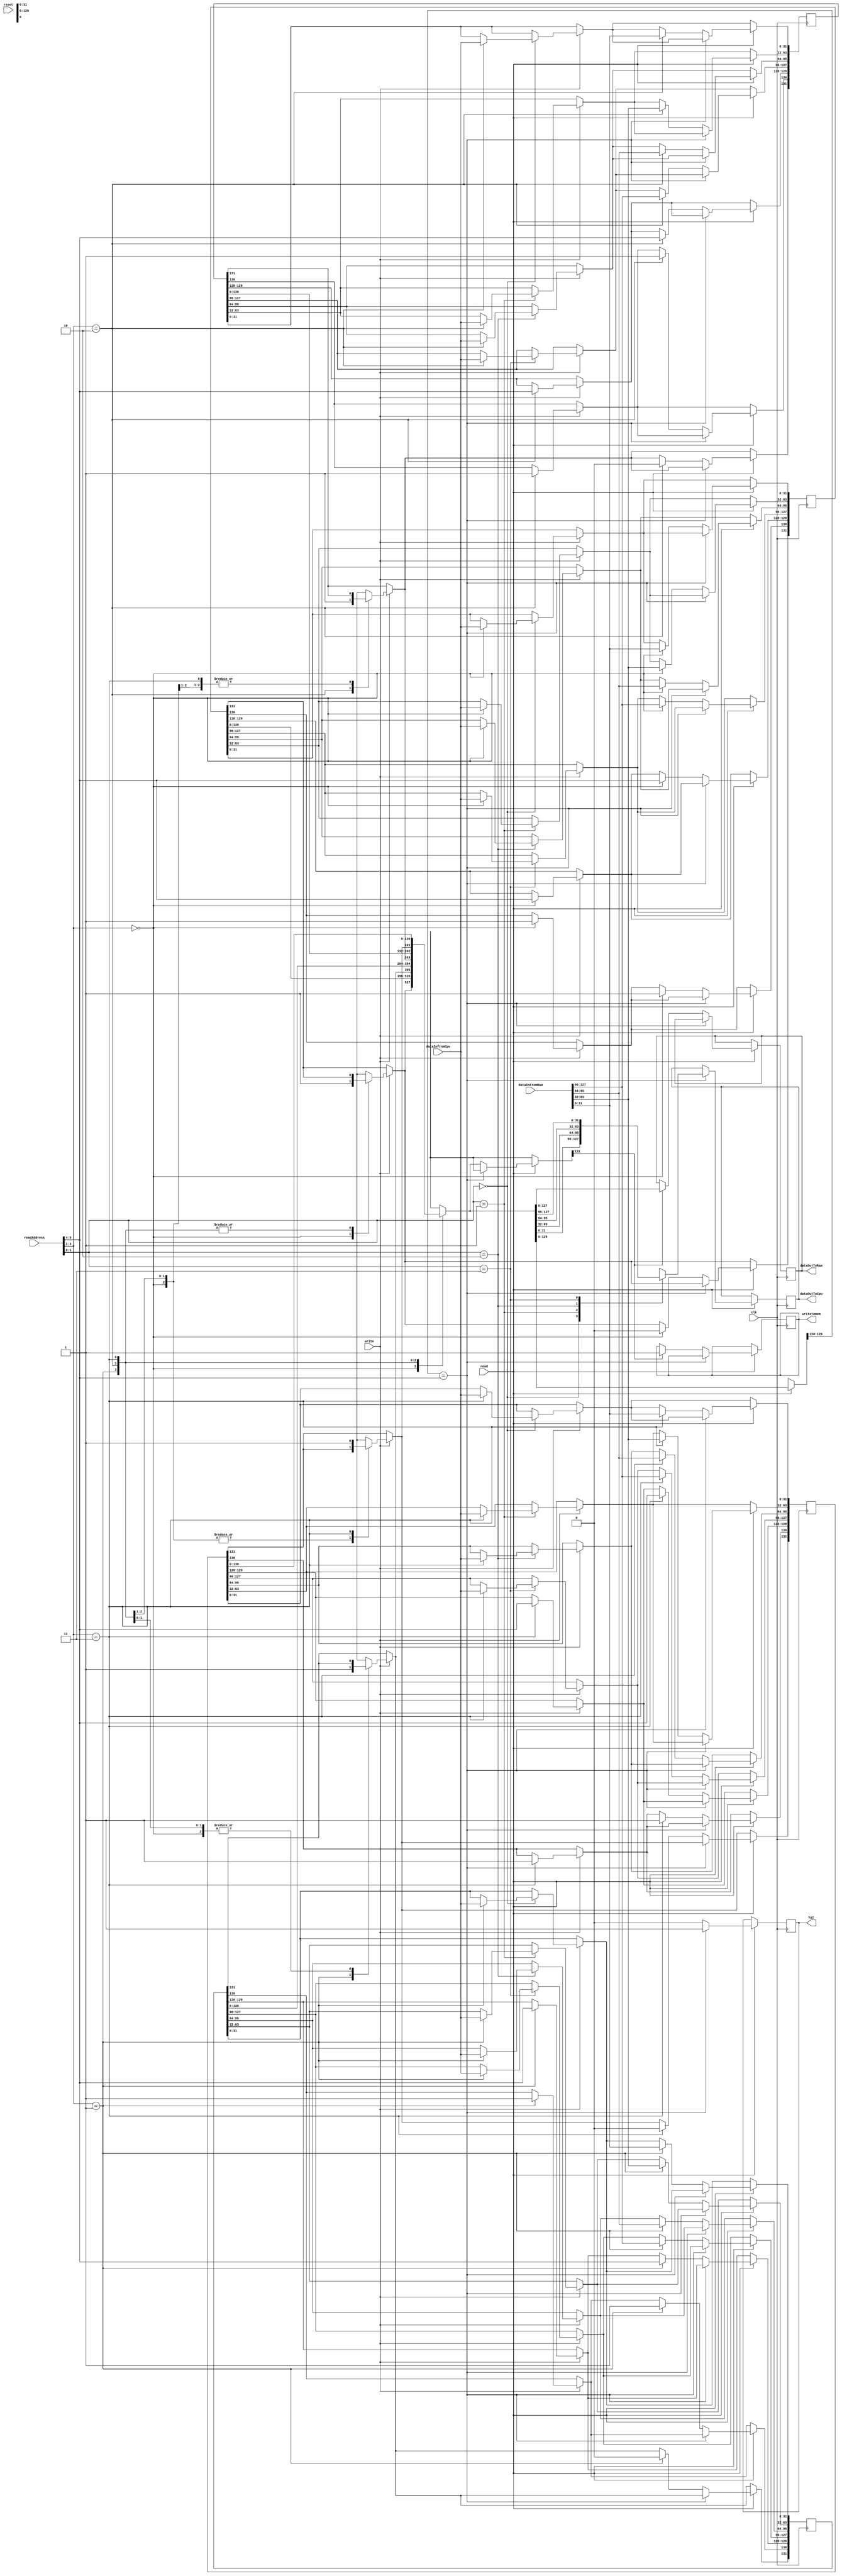
module cache (readAddress, write, read,hit, dataInfromCpu, dataOutToCpu, dataInFromRam, dataOutToRam, clk,reset, writetomem);

	
	input clk,write,read,reset;
	input [31:0] readAddress, dataInfromCpu;
	input [127:0] dataInFromRam;
	output reg [127:0] dataOutToRam;

	output reg hit;
	output reg [31:0] dataOutToCpu;

	output reg writetomem;
	
	reg [131:0] cmemory [3:0];
	

	reg [1:0] tagBits;
	reg [1:0] line;
	reg [1:0] offset; 

	always @(negedge clk)
		begin
		tagBits = readAddress[5:4];
		line = readAddress[3:2];
		offset = readAddress[1:0];
		if(write)
		begin
		cmemory[line][131] = 1'b1;
		$display("In the write mode");
		case (offset)
			2'b00:begin
			
				cmemory[line][31:0] <= dataInfromCpu;
				$display("In the write 00");
			end
			2'b01:begin
			
				cmemory[line][63:32] <= dataInfromCpu;
				$display("In the write 01");
			end
			2'b10:begin
			
				cmemory[line][95:64] <= dataInfromCpu;
				$display("In the write 10");
			end
			2'b11:begin
			
				cmemory[line][127:96] <= dataInfromCpu;
				$display("In the write 11");
			end

		endcase
		$display("%b",dataInfromCpu);
		cmemory[line][130] <= 1'b1;
		cmemory[line][129:128] <= tagBits;
		$display("%b",cmemory[line][130]);
		$display("%b",cmemory[line][129:128]);	
		
		end//cmemory[line][130] &
		
		$display("test tag"); 
		$display("%b",cmemory[line][129:128]);
      $display("%b",tagBits);
		
		if(read)
		begin
		if (cmemory[line][129:128] == tagBits)
			begin
			$display("In the read mode");
			$display("%b",cmemory[line][129:128]);
			$display("%b",tagBits);
				case (offset)
					2'b00:begin
					
						dataOutToCpu=cmemory[line][31:0];
						$display("In the read 00");
					end
					2'b01:begin
					
						dataOutToCpu=cmemory[line][63:32];

						$display("In the read 01");
					end
					2'b10:begin
					
						dataOutToCpu=cmemory[line][95:64];
						$display("In the read 10");
					end
					2'b11:begin
					
						dataOutToCpu=cmemory[line][127:96];
						$display("In the read 11");
					end

				endcase
				$display("%b",dataOutToCpu);
                $display("%b",cmemory[line]);	
				 hit <= 1'b1;
			end
		else //cache miss
			begin
			 $display("In the cache miss");
				 hit <= 1'b0;
				 

				if (cmemory[line][131])
					begin
						writetomem <= 1'b1;
						
						dataOutToRam <= cmemory[line];
						
					
						
//						case (offset)
//							2'b00:begin
//							
//								dataOutToRam = cmemory[line][31:0];
//							end
//							2'b01:begin
//							
//								dataOutToRam = cmemory[line][63:32];
//							end
//							2'b10:begin
//							
//								dataOutToRam = cmemory[line][95:64];
//							end
//							2'b11:begin
//							
//								dataOutToRam = cmemory[line][127:96];
//							end
//	
//						endcase
					
					end
					
					cmemory[line] <= dataInFromRam;



//				case (offset)
//					2'b00:begin
//					
//						cmemory[line][31:0] <= dataInFromRam;
//						$display("In the cache miss 00");
//					end
//					2'b01:begin
//					
//						cmemory[line][63:32]<= dataInFromRam;
//
//						$display("In the cache miss 01");
//						
//					end
//					2'b10:begin
//					
//						cmemory[line][95:64] <= dataInFromRam;
//	                    $display("In the cache miss 10");
//					end
//					2'b11:begin
//					
//						cmemory[line][127:96] <= dataInFromRam;
//						$display("In the cache miss 11");
//					end
//				endcase 				
				cmemory[line][130] <= 1'b1;
				cmemory[line][129:128] <= tagBits;
				$display("%b",dataInFromRam);
            $display("%b",cmemory[line]);
            $display("%b",cmemory[line][130]);
            $display("%b",cmemory[line][129:128]);

			end
		end
		end

endmodule




//`define BLOCKS 4
//`define WORDS 4
//`define SIZE 32
//`define BLOCK_SIZE 128
//
//
//module cache(clk,address,read,dataIn,dataOut,hit);
//
//    input clk;
//    input [31:0] address;
//    input read;
//    input [127:0] dataIn;
//
//    output reg hit;
//    output reg [31:0] dataOut;
//
//    reg [130:0] buffer;
//    reg [1:0] index;
//    reg [1:0] blockOffset;
//    reg [130:0] cachemem [3:0];
//
//    always@(posedge clk)
//    begin
//        index = address[3:2];
//        blockOffset = address[1:0];
//        if(read == 0) begin
//            buffer[130] = 1;
//            buffer[129:128] = address[5:4];
//            buffer[127:0] = dataIn;
//            cachemem[index] = buffer;
//            dataOut = cachemem[index][32*blockOffset-1:32*blockOffset];
//            hit = 1;
//        end
//        if(read == 1) begin
//            if(address[5:4] == cache[index][129:128]) begin
//                hit = 1;
//            end
//            else begin
//                hit = 0;
//            end
//            // hit = 0;
//            dataOut = cache[index][32*blockOffset+21+31-:32];
//        end
//        else begin
//            hit = 1;
//        end
//    end
//
//endmodule